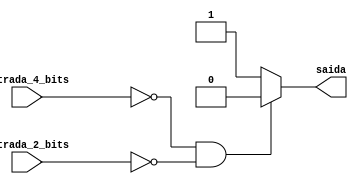
module verificarolhas(
    input [3:0] entrada_4_bits,  // Entrada de 4 bits
    input [3:0] entrada_2_bits,  // Entrada de 2 bits
    output reg saida            // Sada do contador
);

always @* begin
    if (entrada_4_bits == 4'b0000 && entrada_2_bits == 4'b0000) // Se a entrada for 0000 e 00
        saida = 0; // Sada  0
    else
        saida = 1; // Caso contrrio, sada  1
end

endmodule